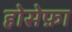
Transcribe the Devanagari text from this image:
होसेफ़ा